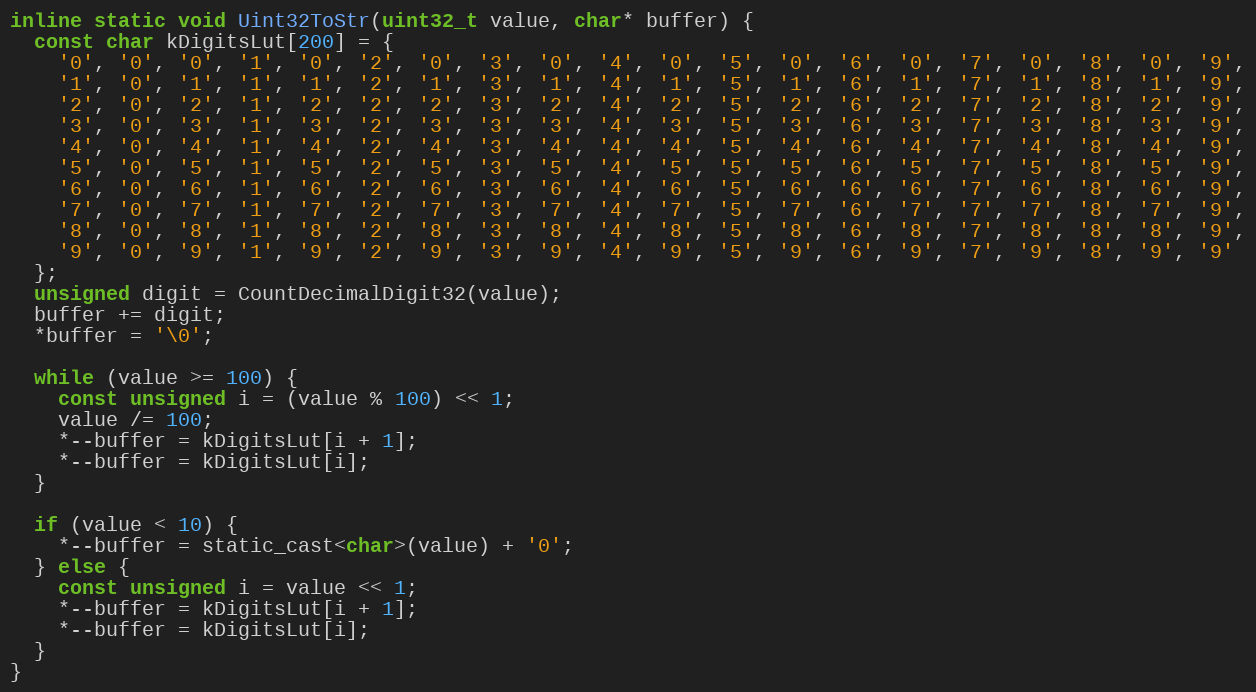
Language: C
inline static void Uint32ToStr(uint32_t value, char* buffer) {
  const char kDigitsLut[200] = {
    '0', '0', '0', '1', '0', '2', '0', '3', '0', '4', '0', '5', '0', '6', '0', '7', '0', '8', '0', '9',
    '1', '0', '1', '1', '1', '2', '1', '3', '1', '4', '1', '5', '1', '6', '1', '7', '1', '8', '1', '9',
    '2', '0', '2', '1', '2', '2', '2', '3', '2', '4', '2', '5', '2', '6', '2', '7', '2', '8', '2', '9',
    '3', '0', '3', '1', '3', '2', '3', '3', '3', '4', '3', '5', '3', '6', '3', '7', '3', '8', '3', '9',
    '4', '0', '4', '1', '4', '2', '4', '3', '4', '4', '4', '5', '4', '6', '4', '7', '4', '8', '4', '9',
    '5', '0', '5', '1', '5', '2', '5', '3', '5', '4', '5', '5', '5', '6', '5', '7', '5', '8', '5', '9',
    '6', '0', '6', '1', '6', '2', '6', '3', '6', '4', '6', '5', '6', '6', '6', '7', '6', '8', '6', '9',
    '7', '0', '7', '1', '7', '2', '7', '3', '7', '4', '7', '5', '7', '6', '7', '7', '7', '8', '7', '9',
    '8', '0', '8', '1', '8', '2', '8', '3', '8', '4', '8', '5', '8', '6', '8', '7', '8', '8', '8', '9',
    '9', '0', '9', '1', '9', '2', '9', '3', '9', '4', '9', '5', '9', '6', '9', '7', '9', '8', '9', '9'
  };
  unsigned digit = CountDecimalDigit32(value);
  buffer += digit;
  *buffer = '\0';

  while (value >= 100) {
    const unsigned i = (value % 100) << 1;
    value /= 100;
    *--buffer = kDigitsLut[i + 1];
    *--buffer = kDigitsLut[i];
  }

  if (value < 10) {
    *--buffer = static_cast<char>(value) + '0';
  } else {
    const unsigned i = value << 1;
    *--buffer = kDigitsLut[i + 1];
    *--buffer = kDigitsLut[i];
  }
}